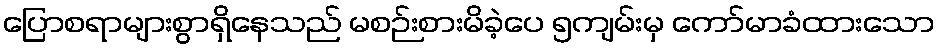
ပြောစရာများစွာရှိနေသည် မစဉ်းစားမိခဲ့ပေ ၅ကျမ်းမှ ကော်မာခံထားသော